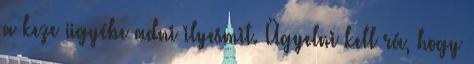
a keze ügyébe adni ilyesmit. Ügyelni kell rá, hogy